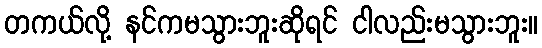
တကယ်လို့ နင်ကမသွားဘူးဆိုရင် ငါလည်းမသွားဘူး။